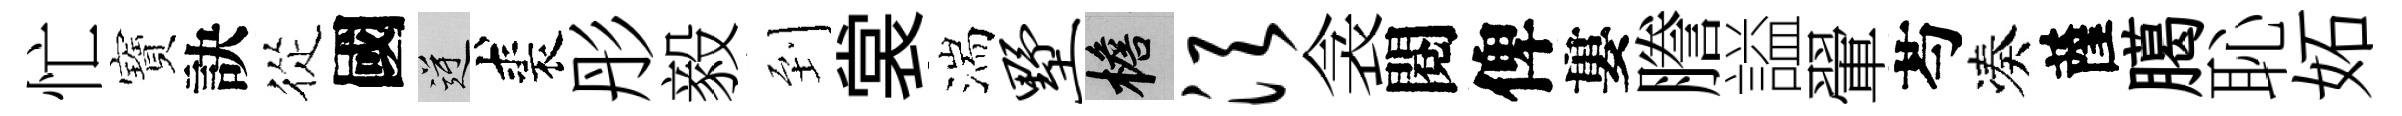
忙寶訣從國逆裘彤毅到裳湍墅檐须衾閱俾婁謄謚翬芍凑薩臈恥妬